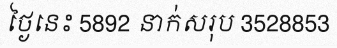
ថ្ងៃនេះ 5892 នាក់សរុប 3528853